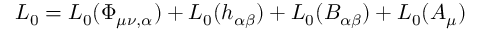
{ \cal L } _ { 0 } = { \cal L } _ { 0 } ( \Phi _ { \mu \nu , \alpha } ) + { \cal L } _ { 0 } ( h _ { \alpha \beta } ) + { \cal L } _ { 0 } ( B _ { \alpha \beta } ) + { \cal L } _ { 0 } ( A _ { \mu } )